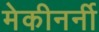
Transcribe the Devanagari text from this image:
मेकीनर्नी